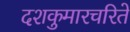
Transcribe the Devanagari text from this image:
दशकुमारचरिते